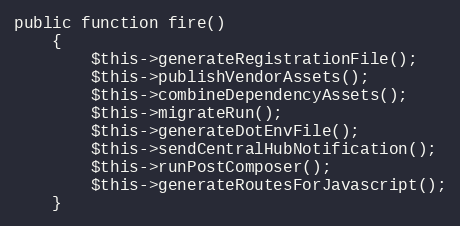
Language: PHP
public function fire()
    {
        $this->generateRegistrationFile();
        $this->publishVendorAssets();
        $this->combineDependencyAssets();
        $this->migrateRun();
        $this->generateDotEnvFile();
        $this->sendCentralHubNotification();
        $this->runPostComposer();
        $this->generateRoutesForJavascript();
    }